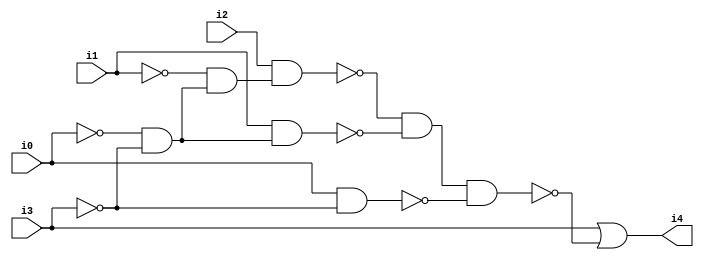
// Benchmark "SKOLEMFORMULA" written by ABC on Mon May  4 15:54:06 2020

module SKOLEMFORMULA ( 
    i0, i1, i2, i3,
    i4  );
  input  i0, i1, i2, i3;
  output i4;
  wire n6, n7, n8, n9, n10, n11, n12;
  assign n6 = ~i0 & ~i3;
  assign n7 = ~i1 & n6;
  assign n8 = i2 & n7;
  assign n9 = i1 & n6;
  assign n10 = ~n8 & ~n9;
  assign n11 = i0 & ~i3;
  assign n12 = n10 & ~n11;
  assign i4 = i3 | ~n12;
endmodule